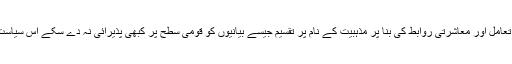
وہ عوام جو اپنے معاشی مسائل، سماجی تعامل اور معاشرتی روابط کی بنا پر مذہبیت کے نام پر تقسیم جیسے بیانیوں کو قومی سطح پر کبھی پذیرائی نہ دے سکے اس سیاست بازی کی راہ سے اُس کا شکار ہوگئے۔